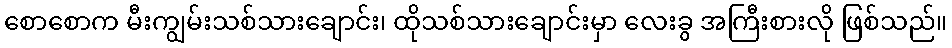
စောစောက မီးကျွမ်းသစ်သားချောင်း၊ ထိုသစ်သားချောင်းမှာ လေးခွ အကြီးစားလို ဖြစ်သည်။